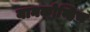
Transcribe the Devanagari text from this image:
यानकोव्हिच